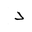
Letter: _dal